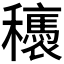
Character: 𥤂